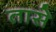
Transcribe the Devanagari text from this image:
तासे